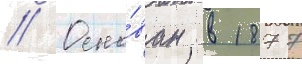
// Осно́ван в 1877